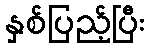
နှစ်ပြည့်ပြီး